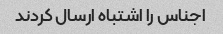
اجناس را اشتباه ارسال کردند